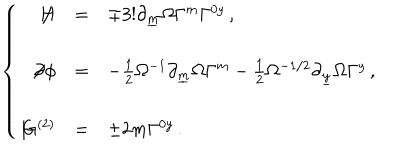
\left\{ \begin{array} { r c l } { { \not \! \! H } } & { { = } } & { { \mp 3 ! \partial _ { \underline { { { m } } } } \Omega \Gamma ^ { m } \Gamma ^ { 0 y } \, , } } \\ { { } } & { { } } & { { } } \\ { { \not \! \partial \phi } } & { { = } } & { { - { \textstyle \frac { 1 } { 2 } } \Omega ^ { - 1 } \partial _ { \underline { { { m } } } } \Omega \Gamma ^ { m } - { \textstyle \frac { 1 } { 2 } } \Omega ^ { - 1 / 2 } \partial _ { \underline { { { y } } } } \Omega \Gamma ^ { y } \, , } } \\ { { } } & { { } } & { { } } \\ { { \not \! G ^ { ( 2 ) } } } & { { = } } & { { \pm 2 m \Gamma ^ { 0 y } \, . } } \\ \end{array} \right.